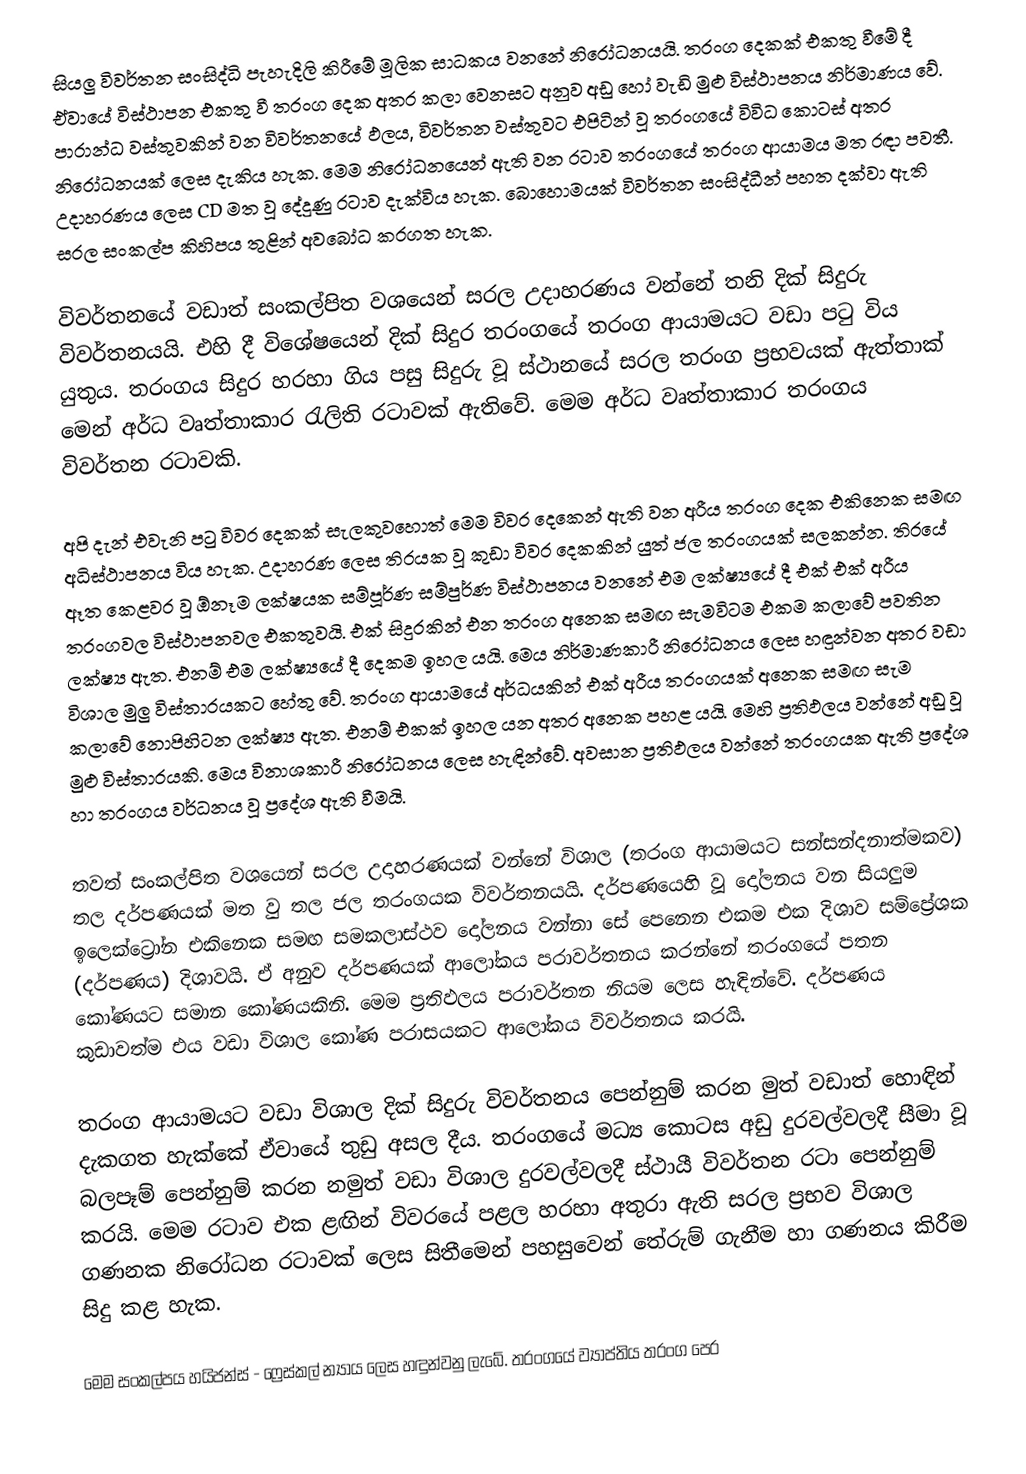
සියලු විවර්තන සංසිද්ධි පැහැදිලි කිරීමේ මූලික සාධකය වනනේ නිරෝධනයයි. තරංග දෙකක් එකතු වීමේ දී ඒවායේ විස්ථාපන එකතු වී තරංග දෙක අතර කලා වෙනසට අනුව අඩු හෝ වැඩි මුළු විස්ථාපනය නිර්මාණය වේ. පාරාන්ධ වස්තුවකින් වන විවර්තනයේ ඵලය, විවර්තන වස්තුවට එපිටින් වූ තරංගයේ විවිධ කොටස් අතර නිරෝධනයක් ලෙස දැකිය හැක. මෙම නිරෝධනයෙන් ඇති වන රටාව තරංගයේ තරංග ආයාමය මත රඳා පවතී. උදාහරණය ලෙස CD මත වූ දේදුණු රටාව දැක්විය හැක. බොහොමයක් විවර්තන සංසිද්ධීන් පහත දක්වා ඇති සරල සංකල්ප කිහිපය තුළින් අවබෝධ කරගත හැක.

විවර්තනයේ වඩාත් සංකල්පිත වශයෙන් සරල උදාහරණය වන්නේ තනි දික් සිදුරු විවර්තනයයි. එහි දී විශේෂයෙන් දික් සිදුර තරංගයේ තරංග ආයාමයට වඩා පටු විය යුතුය. තරංගය සිදුර හරහා ගිය පසු සිදුරු වූ ස්ථානයේ සරල තරංග ප්‍රභවයක් ඇත්තාක් මෙන් අර්ධ වෘත්තාකාර රැලිති රටාවක් ඇතිවේ. මෙම අර්ධ වෘත්තාකාර තරංගය විවර්තන රටාවකි.

අපි දැන් එවැනි පටු විවර දෙකක් සැලකුවහොත් මෙම විවර දෙකෙන් ඇති වන අරීය තරංග දෙක එකිනෙක සමඟ අධිස්ථාපනය විය හැක. උදාහරණ ලෙස තිරයක වූ කුඩා විවර දෙකකින් යුත් ජල තරංගයක් සලකන්න. තිරයේ ඈත කෙළවර වූ ඕනෑම ලක්ෂයක සම්පූර්ණ සම්පුර්ණ විස්ථාපනය වනනේ එම ලක්ෂ්‍යයේ දී එක් එක් අරීය තරංගවල විස්ථාපනවල එකතුවයි. එක් සිදුරකින් එන තරංග අනෙක සමඟ සැමවිටම එකම කලාවේ පවතින ලක්ෂ්‍ය ඇත. එනම් එම ලක්ෂ්‍යයේ දී දෙකම ඉහල යයි. මෙය නිර්මාණකාරී නිරෝධනය ලෙස හඳුන්වන අතර වඩා විශාල මුලු විස්තාරයකට හේතු වේ. තරංග ආයාමයේ අර්ධයකින් එක් අරීය තරංගයක් අනෙක සමඟ සැම කලාවේ නොපිහිටන ලක්ෂ්‍ය ඇත. එනම් එකක් ඉහල යන අතර අනෙක පහළ යයි. මෙහි ප්‍රතිඵලය වන්නේ අඩු වූ මුළු විස්තාරයකි. මෙය විනාශකාරී නිරෝධනය ලෙස හැඳින්වේ. අවසාන ප්‍රතිඵලය වන්නේ තරංගයක ඇති ප්‍රදේශ හා තරංගය වර්ධනය වූ ප්‍රදේශ ඇති වීමයි.

තවත් සංකල්පිත වශයෙන් සරල උදාහරණයක් වන්නේ විශාල (තරංග ආයාමයට සන්සන්දනාත්මකව) තල දර්පණයක් මත වු තල ජල තරංගයක විවර්තනයයි. දර්පණයෙහි වූ දෝලනය වන සියලුම ඉලෙක්ට්‍රෝන එකිනෙක සමඟ සමකලාස්ථව දෝලනය වන්නා සේ පෙනෙන එකම එක දිශාව සම්ප්‍රේශක (දර්පණය) දිශාවයි. ඒ අනුව දර්පණයක් ආ‍ලෝකය පරාවර්තනය කරන්නේ තරංගයේ පතන කෝණයට සමාන කෝණයකිනි. මෙම ප්‍රතිඵලය පරාවර්තන නියම ලෙස හැඳින්වේ. දර්පණය කුඩාවත්ම එය වඩා විශාල කෝණ පරාසයකට ආලෝකය විවර්තනය කරයි.

තරංග ආයාමයට වඩා විශාල දික් සිදුරු විවර්තනය පෙන්නුම් කරන මුත් වඩාත් හොඳින් දැකගත හැක්කේ ඒවායේ තුඩු අසල දීය. තරංගයේ මධ්‍ය කොටස අඩු දුරවල්වලදී සීමා වූ බලපෑම් පෙන්නුම් කරන නමුත් වඩා විශාල දුරවල්වලදී ස්ථායී විවර්තන රටා පෙන්නුම් කරයි. මෙම රටාව එක ළඟින් විවරයේ පළල හරහා අතුරා ඇති සරල ප්‍රභව විශාල ගණනක නිරෝධන රටාවක් ලෙස සිතීමෙන් පහසුවෙන් තේරුම් ගැනීම හා ගණනය කිරීම සිදු කළ හැක.

මෙම සංකල්පය හයිජන්ස් - ෆ්‍රෙස්කල් න්‍යාය ලෙස හඳුන්වනු ලැබේ. තරංගයේ ව්‍යාප්තිය තරංග පෙර